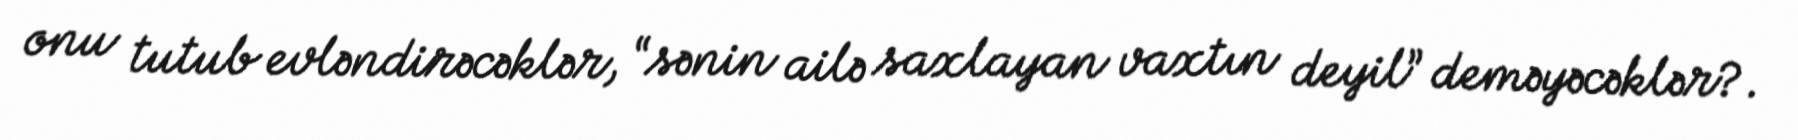
onu tutub evləndirəcəklər, “sənin ailə saxlayan vaxtın deyil” deməyəcəklər?.